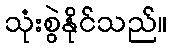
သုံးစွဲနိုင်သည်။